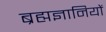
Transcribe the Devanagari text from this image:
ब्रह्मज्ञानियों